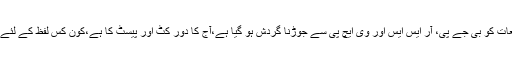
انہوں نے کہاکہ آج کل ایسے واقعات کو بی جے پی، آر ایس ایس اور وی ایچ پی سے جوڑنا گردش ہو گیا ہے،آج کا دور کٹ اور پیسٹ کا ہے،کون کس لفظ کے لئے فٹ بیٹھے گا یہ کہنا مشکل ہے۔